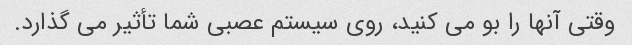
وقتی آنها را بو می کنید، روی سیستم عصبی شما تأثیر می گذارد.